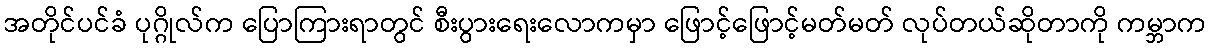
အတိုင်ပင်ခံ ပုဂ္ဂိုလ်က ပြောကြားရာတွင် စီးပွားရေးလောကမှာ ဖြောင့်ဖြောင့်မတ်မတ် လုပ်တယ်ဆိုတာကို ကမ္ဘာက